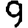
Digit: 9